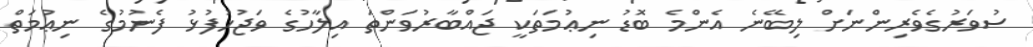
ސުވަރުގެވެރިންނަށް ލިބޭނެ އެންމެ ބޮޑު ނިޢުމަތަކީ ޖައްބާރުވަންތަ އިލާހުގެ ވަޖުހުފުޅު ފެނުމުގެ ނިޢުމަތް